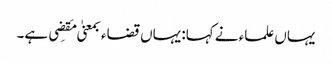
یہاں علماء نے کہا: یہاں قضاء بمعنیٰ مَقضِی ہے۔